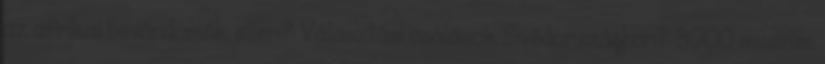
az afrikai bevándorlók ellen? Választási csalások Svédországban? 3000 muszlim